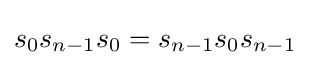
s_{0}s_{n-1}s_{0}=s_{n-1}s_{0}s_{n-1}